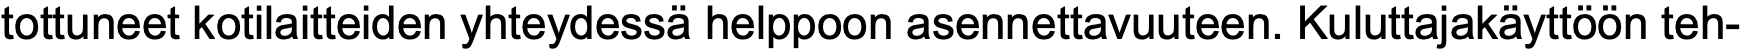
tottuneet kotilaitteiden yhteydessä helppoon asennettavuuteen. Kuluttajakäyttöön teh-